Scottish Leaving Certificate Examination, 1953
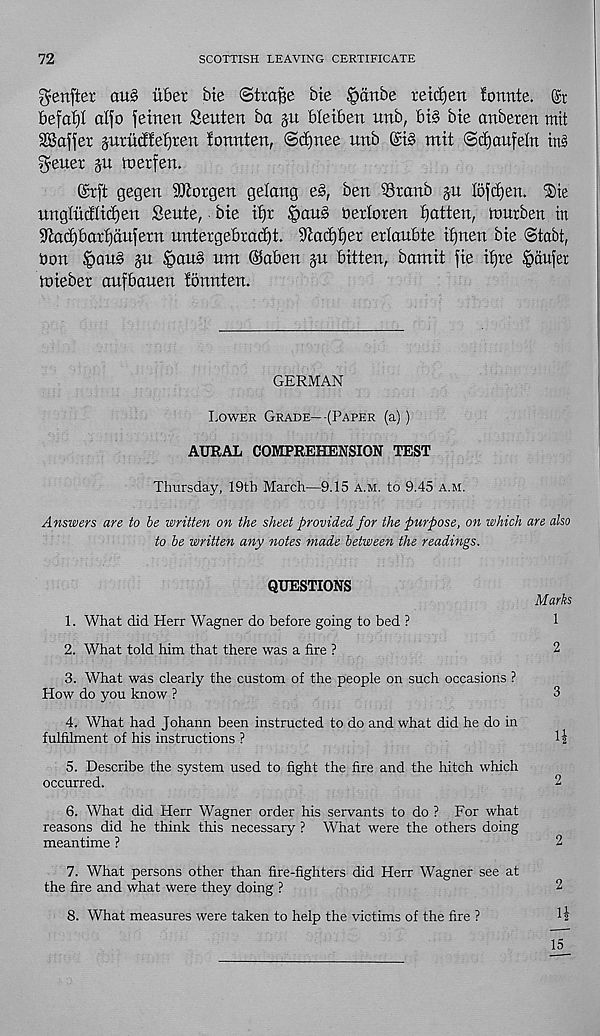
72
SCOTTISH LEAVING CERTIFICATE
Verifier au§ iiber bte (Strode bie Jpanbe retdjen fonnte.
befal)! alfo fetnen Seuten ba git bleibert unb, bt§ bie anberen mit
SBoffer guriidfe^ren ionnten, ©djnee unb
mit ©djaufeln ins
fetter ju ioerfen.
@r(t gegen 9ftorgen gelang e§, ben Sranb ju lofcijen. ®ie
unglucflid)en Sente, bie if)r §au§ berloren gotten, tnurben in
9tad)barf)dufern untergebrad)t. 9tad)t)er erloubte ifjnen bie Stabt,
bon §au§ ju §aus urn @aben $u bitten, bomit fie ifjre Confer
toieber aufbauen fonnten.
GERMAN
Rower Grade—(Paper (a) )
AURAL COMPREHENSION TEST
Thursday, 19th March—9.15 a.m. to 9.45 a.m.
Answers are to be written on the sheet provided for the purpose, on which are also
to be written any notes made between the readings.
QUESTIONS
Marks
1. What did Herr Wagner do before going to bed ?
1
2. What told him that there was a fire ?
2
3. What was clearly the custom of the people on such occasions ?
How do you know ?
3
4. What had Johann been instructed to do and what did he do in
fulfilment of his instructions ?
li
5. Describe the system used to fight the fire and the hitch which
occurred.
2
6. What did Herr Wagner order his servants to do ? For what
reasons did he think this necessary ? What were the others doing
meantime ?
2
7. What persons other than fire-fighters did Herr Wagner see at
the fire and what were they doing ?
2
8. What measures were taken to help the victims of the fire ?
H
15